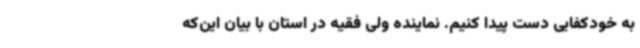
به خودکفایی دست پیدا کنیم. نماینده ولی فقیه در استان با بیان این‌که